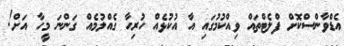
އެޑްވާންސްކޮށް ފްލެޓްތައް ވިއްކުމުގައި އާ އުކުޅެއް ހުރިހާ ގެއްލުމެއް ގަންނަ މީހާ އަށް!